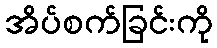
အိပ်စက်ခြင်းကို